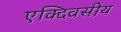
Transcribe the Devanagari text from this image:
एक्दिवसीय